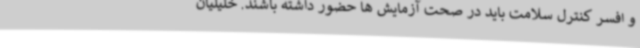
و افسر کنترل سلامت باید در صحت آزمایش ها حضور داشته باشند. خلیلیان